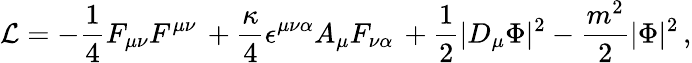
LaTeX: {\cal L}=-{\frac{1}{4}}F_{\mu\nu}F^{\mu\nu}\, +{\frac{\kappa}{4}}\epsilon^{\mu\nu\alpha}A_{\mu}F_{\nu\alpha}\, +{\frac{1}{2}}|D_{\mu}\Phi|^{2}-\frac{m^{2}}{2}|\Phi|^{2}\, ,